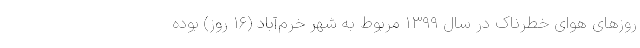
روزهای هوای خطرناک در سال ۱۳۹۹ مربوط به شهر خرم‌آباد (۱۶ روز) بوده